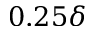
0 . 2 5 \delta